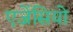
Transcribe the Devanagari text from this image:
एजेंसियो